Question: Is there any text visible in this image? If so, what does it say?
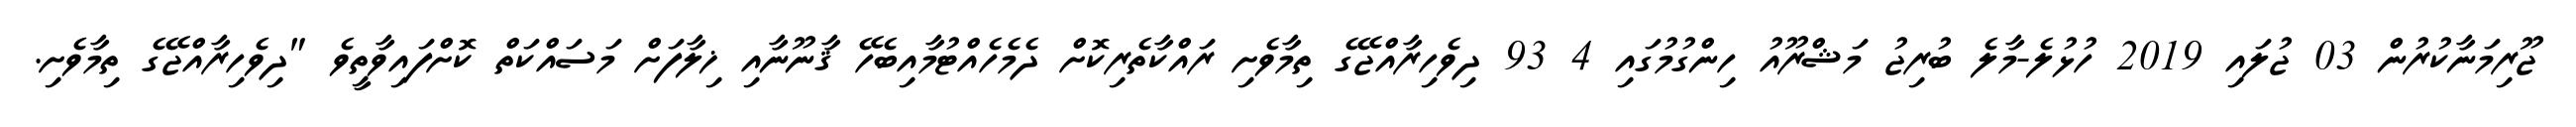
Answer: ޖޫރިމަނާކުރުން 03 ޖުލައި 2019 ހުޅުލެ-މާލެ ބުރިޖު މަޝްރޫއު ހިންގުމުގައި 4 93 ދިވެހިރާއްޖޭގެ ތިމާވެށި ރައްކާތެރިކޮށް ދެމެހެއްޓުމާއިބެހޭ ޤާނޫނާއި ޚިލާފަށް މަސައްކަތް ކޮށްފައިވާތީވެ "ދިވެހިރާއްޖޭގެ ތިމާވެށި.